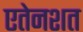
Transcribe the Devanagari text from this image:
एतेनशत